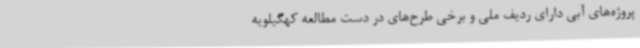
پروژه‌های آبی دارای ردیف ملی و برخی طرح‌های در دست مطالعه کهگیلویه